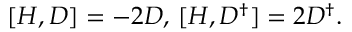
[ H , D ] = - 2 D , \thinspace [ H , D ^ { \dagger } ] = 2 D ^ { \dagger } .